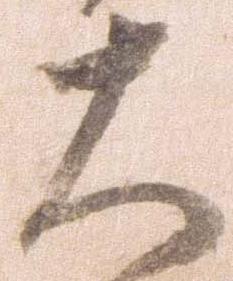
大